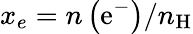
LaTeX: x_{e}=n\left(\mathrm{e}^{-}\right)/n_{\mathrm{H}}